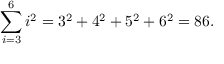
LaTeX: \sum _ { i = 3 } ^ { 6 } i ^ { 2 } = 3 ^ { 2 } + 4 ^ { 2 } + 5 ^ { 2 } + 6 ^ { 2 } = 8 6 .